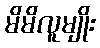
မိမိလူမျိုး